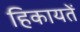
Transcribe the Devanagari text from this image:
हिकायतें